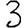
Digit: 3